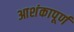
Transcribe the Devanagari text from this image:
आशंकापूर्ण